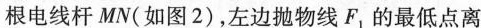
根电线杆MN(如图2)，左边抛物线F_{1}的最低点离